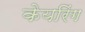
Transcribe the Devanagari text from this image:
केयरिंग